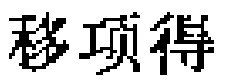
移项得